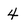
Character: 4